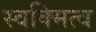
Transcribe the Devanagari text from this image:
स्वक्मित्व